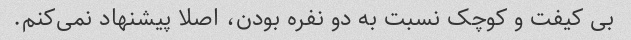
بی کیفت و کوچک نسبت به دو نفره بودن، اصلا پیشنهاد نمی‌کنم.